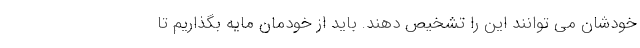
خودشان می توانند این را تشخیص دهند. باید از خودمان مایه بگذاریم تا